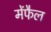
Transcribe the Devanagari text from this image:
मेंफैल